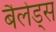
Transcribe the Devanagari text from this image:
बैलेड्स